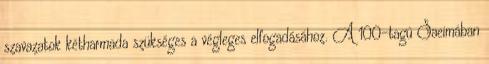
szavazatok kétharmada szükséges a végleges elfogadásához. A 100-tagú Saeimában